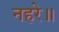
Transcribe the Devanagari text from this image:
नहरे॥